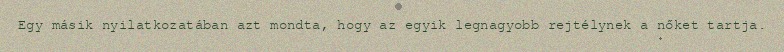
Egy másik nyilatkozatában azt mondta, hogy az egyik legnagyobb rejtélynek a nőket tartja.